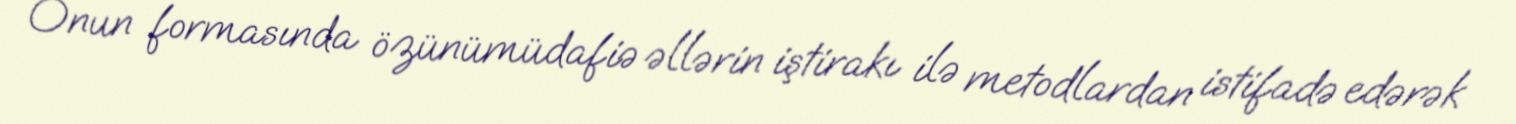
Onun formasında özünümüdafiə əllərin iştirakı ilə metodlardan istifadə edərək